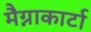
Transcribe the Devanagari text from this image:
मैग्नाकार्टा